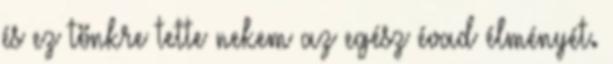
és ez tönkre tette nekem az egész évad élményét.